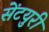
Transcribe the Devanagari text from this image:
सेंटयुरी